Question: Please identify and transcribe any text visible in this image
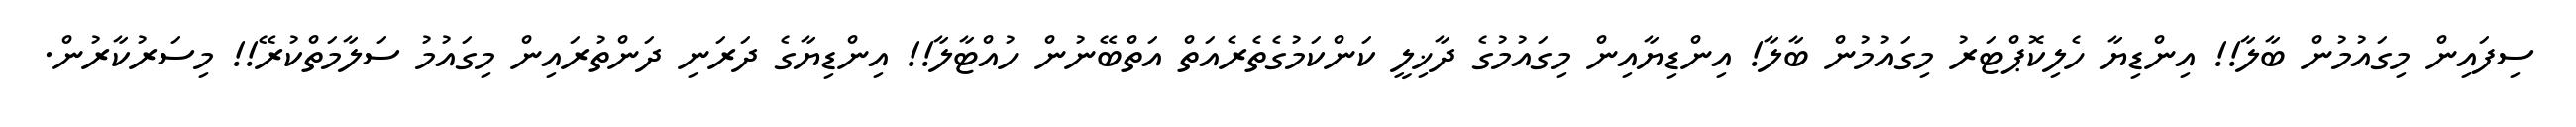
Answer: ސިފައިން މިގައުމުން ބާލާ!! އިންޑިޔާ ހެލިކޮޕްޓަރު މިގައުމުން ބާލާ! އިންޑިޔާއިން މިގައުމުގެ ދާޚިލީ ކަންކަމުގެތެރެއަތް އަތްބޭނުން ހުއްޓާލާ!! އިންޑިޔާގެ ދަރަނި ދަންތުރައިން މިގައުމު ސަލާމަތްކުރޭ!! މިސަރުކާރުން.